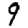
Digit: 9